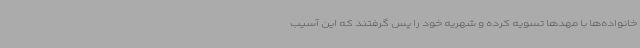
خانواده‌ها با مهدها تسویه کرده و شهریه خود را پس گرفتند که این آسیب